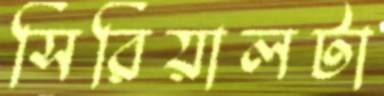
সিরিয়ালটা